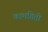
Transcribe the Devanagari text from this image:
कामगिती